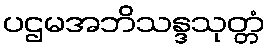
ပဌမအဘိသန္ဒသုတ္တံ